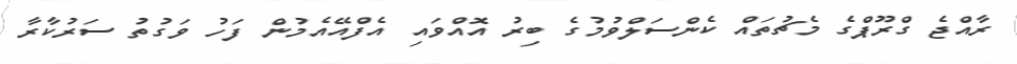
ރާއްޖެ ގްރޫޕްގެ މެޗުތައް ކެންސަލްވުމުގެ ބިރު އޮއްވައި އެފްއޭއެމުން ފަހު ވަގުތު ސަރުކާރާ